Papaver somniferum - Opium : an extract from the sixth volume of the Dictionary of Economic Products of India
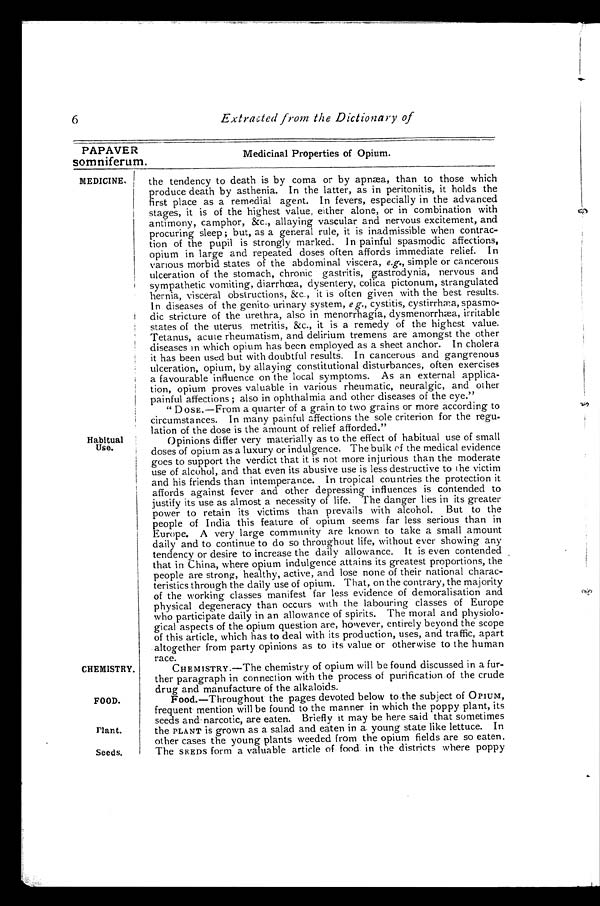
6
Extracted from the Dictionary of
PAPAVER
Medicinal Properties of Opium.
somniferum.
MEDICINE.
Habitual Use.
CHEMISTRY.
FOOD.
Plant.
Seeds.
the tendency to death is by coma or by apnæa, than to those which
produce death by asthenia. In the latter, as in peritonitis, it holds the
first place as a remedial agent. In fevers, especially in the advanced
stages, it is of the highest value, either alone, or in combination with
antimony, camphor, &c., allaying vascular and nervous excitement, and
procuring sleep; but, as a general rule, it is inadmissible when contrac-
tion of the pupil is strongly marked. In painful spasmodic affections,
opium in large and repeated doses often affords immediate relief. In
various morbid states of the abdominal viscera, e.g., simple or cancerous
ulceration of the stomach, chronic gastritis, gastrodynia, nervous and
sympathetic vomiting, diarrhœa, dysentery, colica pictonum, strangulated
hernia, visceral obstructions, &c., it is often given with the best results.
In diseases of the genito. urinary system, e g., cystitis, cystirrhæa, spasmo-
dic stricture of the urethra, also in menorrhagia, dysmenorrhæa, irritable
states of the uterus metritis, &c., it is a remedy of the highest value.
Tetanus, acute rheumatism, and delirium tremens are amongst the other
diseases in which opium has been employed as a sheet anchor. In cholera
it has been used but with doubtful results. In cancerous and gangrenous
ulceration, opium, by allaying constitutional disturbances, often exercises
a favourable influence on the local symptoms. As an external applica-
tion, opium proves valuable in various rheumatic, neuralgic, and other
painful affections; also in ophthalmia and other diseases of the eye."
" DOSE.—From a quarter of a grain to two grains or more according to
circumstances. In many painful affections the sole criterion for the regu-
lation of the dose is the amount of relief afforded."
Opinions differ very materially as to the effect of habitual use of small
doses of opium as a luxury or indulgence. The bulk of the medical evidence
goes to support the verdict that it is not more injurious than the moderate
use of alcohol, and that even its abusive use is less destructive to the victim
and his friends than intemperance. In tropical countries the protection it
affords against fever and other depressing influences is contended to
justify its use as almost a necessity of life. The danger lies in its greater
power to retain its victims than prevails with alcohol. But to the
people of India this feature of opium seems far less serious than in
Europe. A very large community are known to take a small amount
daily and to continue to do so throughout life, without ever showing any
tendency or desire to increase the daily allowance. It is even contended
that in China, where opium indulgence attains its greatest proportions, the
people are strong, healthy, active, and lose none of their national charac-
teristics through the daily use of opium. That, on the contrary, the majority
of the working classes manifest far less evidence of demoralisation and
physical degeneracy than occurs with the labouring classes of Europe
who participate daily in an allowance of spirits. The moral and physiolo-
gical aspects of the opium question are, however, entirely beyond the scope
of this article, which has to deal with its production, uses, and traffic, apart
altogether from party opinions as to its value or otherwise to the human
race.
CHEMISTRY.—The chemistry of opium will be found discussed in a fur-
ther paragraph in connection with the process of purification of the crude
drug and manufacture of the alkaloids.
Food.—Throughout the pages devoted below to the subject of OPIUM,
frequent mention will be found to the manner in which the poppy plant, its
seeds and narcotic, are eaten. Briefly it may be here said that sometimes
the PLANT is grown as a salad and eaten in a. young state like lettuce. In
other cases the young plants weeded from the opium fields are so eaten.
The SEEDS form a valuable article of food in the districts where poppy